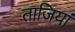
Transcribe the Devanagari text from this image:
ताजियां